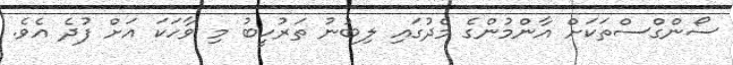
ސޯންގްސްތަކަށް އާންމުންގެ މެދުގައި ލިބުނު ތަރުހީބު މި ވާހަކަ އަށް ފުދެ އެވެ.